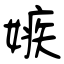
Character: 嫉